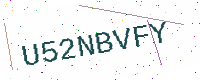
Text: U52NBVFY